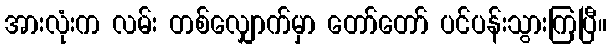
အားလုံးက လမ်း တစ်လျှောက်မှာ တော်တော် ပင်ပန်းသွားကြပြီ။